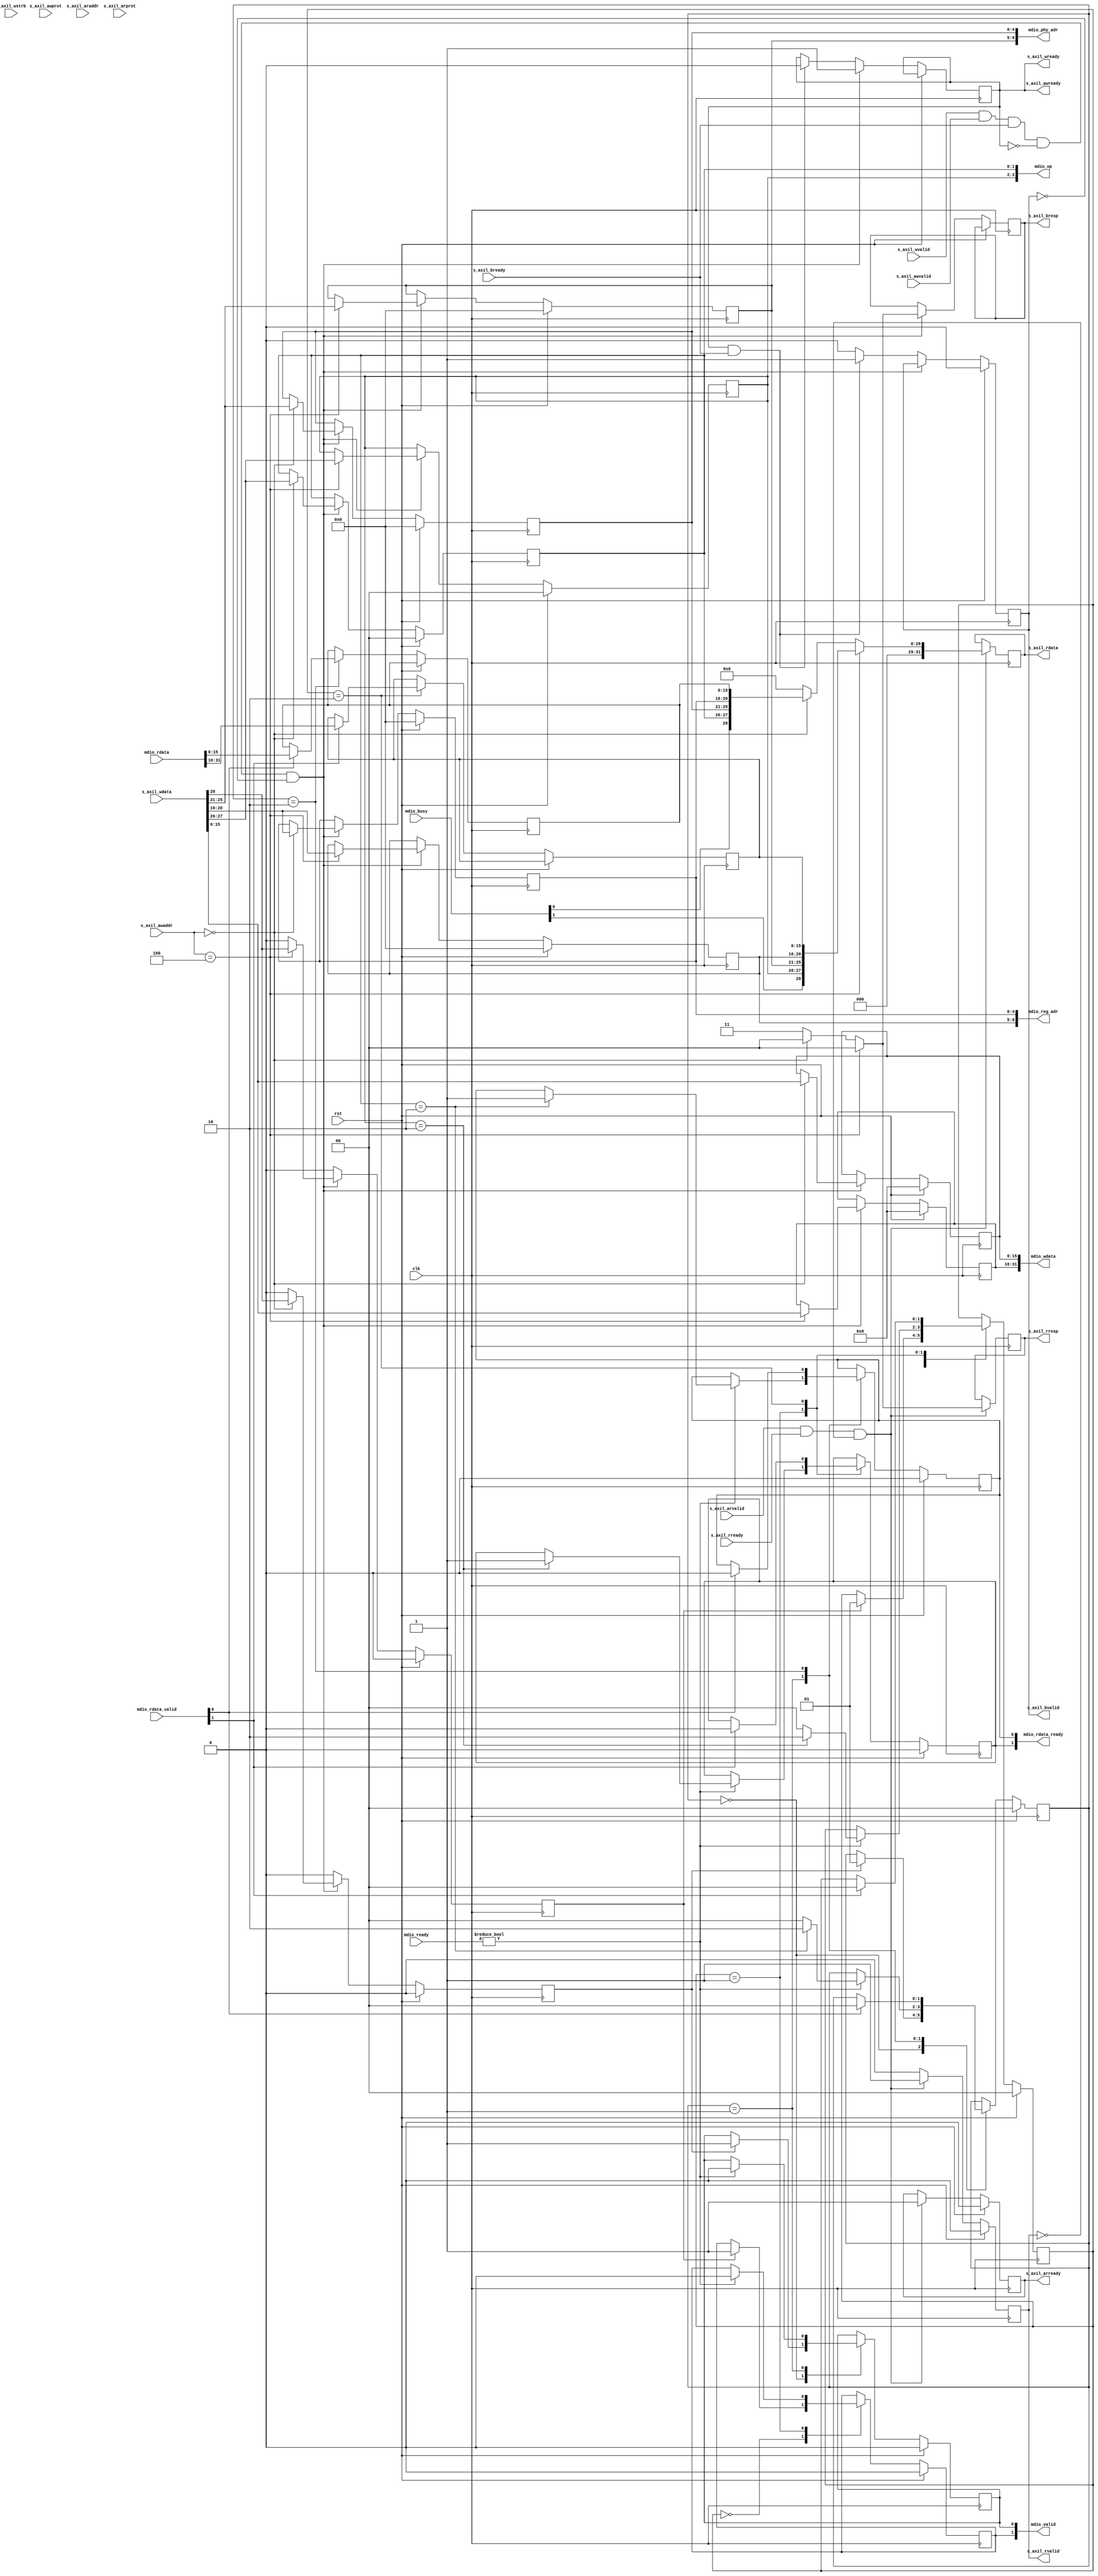
module axil_mdio_if #
(
    parameter AXIL_DATA_WIDTH = 32,
    parameter AXIL_ADDR_WIDTH = 12,
    parameter AXIL_STRB_WIDTH = (AXIL_DATA_WIDTH/8),
    parameter INTERFACES = 2
)
(
    input  wire                       clk,
    input  wire                       rst,

    /*
     * AXI lite slave interface
     */
    input  wire [AXIL_DATA_WIDTH-1:0] s_axil_awaddr,
    input  wire [2:0]                 s_axil_awprot,
    input  wire                       s_axil_awvalid,
    output wire                       s_axil_awready,
    input  wire [AXIL_DATA_WIDTH-1:0] s_axil_wdata,
    input  wire [AXIL_STRB_WIDTH-1:0] s_axil_wstrb,
    input  wire                       s_axil_wvalid,
    output wire                       s_axil_wready,
    output wire [1:0]                 s_axil_bresp,
    output wire                       s_axil_bvalid,
    input  wire                       s_axil_bready,

    input  wire [AXIL_ADDR_WIDTH-1:0] s_axil_araddr,
    input  wire [2:0]                 s_axil_arprot,
    input  wire                       s_axil_arvalid,
    output wire                       s_axil_arready,
    output wire [AXIL_DATA_WIDTH-1:0] s_axil_rdata,
    output wire [1:0]                 s_axil_rresp,
    output wire                       s_axil_rvalid,
    input  wire                       s_axil_rready,

    output wire [(INTERFACES*16)-1:0] mdio_wdata,
    output wire [(INTERFACES*2)-1:0]  mdio_op,
    output wire [(INTERFACES*5)-1:0]  mdio_reg_adr,
    output wire [(INTERFACES*5)-1:0]  mdio_phy_adr,
    output wire [INTERFACES-1:0]      mdio_valid,
    input  wire [INTERFACES-1:0]      mdio_ready,
    input  wire [INTERFACES-1:0]      mdio_busy,

    input  wire [(INTERFACES*16)-1:0] mdio_rdata,
    output wire [INTERFACES-1:0]      mdio_rdata_ready,
    input  wire [INTERFACES-1:0]      mdio_rdata_valid
);

integer i;
genvar gi;

initial begin
    if (INTERFACES < 1) begin
        $error("Error: INTERFACES must be bigger than 0 (instance %m)");
        $finish;
    end

    for (i = 0; i < INTERFACES; i = i + 1) begin
        mdio_rdata_reg[i] = 16'b0;
        mdio_wdata_reg[i] = 16'b0;
        mdio_op_reg[i] = 2'b0;
        mdio_reg_adr_reg[i] = 5'b0;
        mdio_phy_adr_reg[i] = 5'b0;
        mdio_start_reg[i] = 1'b0;

        state_reg[i] = IDLE_STATE;
        mdio_valid_reg[i] = 1'b0;
        mdio_rdata_ready_reg[i] = 1'b0;
    end
end

reg [15:0] mdio_rdata_reg[INTERFACES*16-1:0];
reg [15:0] mdio_wdata_reg[INTERFACES*16-1:0];
reg [1:0] mdio_op_reg[INTERFACES*2-1:0];
reg [4:0] mdio_reg_adr_reg[INTERFACES*5-1:0];
reg [4:0] mdio_phy_adr_reg[INTERFACES*5-1:0];
reg mdio_start_reg[INTERFACES*1-1:0];


reg bvalid_reg = 1'b0;
reg [1:0] bresp_reg = 2'b0;
reg wready_reg = 1'b0;

assign s_axil_bvalid = bvalid_reg;
assign s_axil_bresp = bresp_reg;
assign s_axil_awready = wready_reg;
assign s_axil_wready = wready_reg;

assign s_axil_rresp = rresp_reg;
assign s_axil_rvalid = rvalid_reg;
assign s_axil_arready = arready_reg;
assign s_axil_rdata = rdata_reg;



generate
    for (gi = 0; gi < INTERFACES; gi = gi+1) begin
        assign mdio_wdata[gi*16 +: 16] = mdio_wdata_reg[gi];
        assign mdio_op[gi*2 +: 2] = mdio_op_reg[gi];
        assign mdio_reg_adr[gi*5 +: 5] = mdio_reg_adr_reg[gi];
        assign mdio_phy_adr[gi*5 +: 5] = mdio_phy_adr_reg[gi];
        assign mdio_valid[gi] = mdio_valid_reg[gi];
    end
endgenerate

// WRITE
always @(posedge clk)begin
    wready_reg <= wready_reg;
    bvalid_reg <= bvalid_reg;

    for (i = 0; i < INTERFACES; i = i+1) begin
        mdio_wdata_reg[i] <= mdio_wdata_reg[i];
        mdio_op_reg[i] <= mdio_op_reg[i];
        mdio_reg_adr_reg[i] <= mdio_reg_adr_reg[i];
        mdio_phy_adr_reg[i] <= mdio_phy_adr_reg[i];
        mdio_start_reg[i] <= 1'b0;
    end

    if (rst) begin
        for (i = 0; i < INTERFACES; i = i+1) begin
            mdio_wdata_reg[i] <= 16'b0;
            mdio_op_reg[i] <= 2'b0;
            mdio_reg_adr_reg[i] <= 5'b0;
            mdio_phy_adr_reg[i] <= 5'b0;
        end

        bvalid_reg <= 1'b0;
    end else begin
        if (s_axil_wvalid && s_axil_awvalid && s_axil_bready && !wready_reg && !bvalid_reg) begin
            wready_reg <= 1'b1;

            bresp_reg <= 2'b11;

            for (i = 0; i < INTERFACES; i = i+1) begin
                if (s_axil_awaddr == i*4) begin
                    bresp_reg <= 2'b00;

                    mdio_start_reg[i] <= s_axil_wdata[28];
                    mdio_op_reg[i] <= s_axil_wdata[27:26];
                    mdio_phy_adr_reg[i] <= s_axil_wdata[25:21];
                    mdio_reg_adr_reg[i] <= s_axil_wdata[20:16];
                    mdio_wdata_reg[i] <= s_axil_wdata[15:0];
                end
            end
        end else if (wready_reg && s_axil_bready) begin
            wready_reg <= 1'b0;
            bvalid_reg <= 1'b1;
        end else if (bvalid_reg) begin
            bvalid_reg <= 1'b0;
        end
    end
end



reg [1:0] rresp_reg = 2'b0;
reg rvalid_reg = 1'b0;
reg arready_reg = 1'b0;
reg [AXIL_DATA_WIDTH-1:0] rdata_reg = {AXIL_DATA_WIDTH{1'b0}};

// READ
always @(posedge clk) begin
    rvalid_reg <= 1'b0;
    rdata_reg <= rdata_reg;
    rresp_reg <= rresp_reg;
    arready_reg <= arready_reg;

    if (s_axil_arvalid && s_axil_rready && !rvalid_reg) begin
        rvalid_reg <= 1'b1;
        arready_reg <= 1'b1;

        rdata_reg <= {AXIL_DATA_WIDTH{1'b0}};
        rresp_reg <= 2'b11;

        for (i = 0; i < INTERFACES; i = i+1) begin
            if (s_axil_awaddr == i*4) begin
                rdata_reg <= {
                    3'b0,
                    mdio_busy[i],
                    mdio_op_reg[i],
                    mdio_phy_adr_reg[i],
                    mdio_reg_adr_reg[i],
                    mdio_rdata_reg[i]
                };

                rresp_reg <= 2'b00;
            end
        end
    end

    if (rst) begin
        rvalid_reg <= 1'b0;
        arready_reg <= 1'b0;
    end
end


// MDIO Interface
localparam MDIO_READ = 2'b10;
localparam MDIO_WRITE = 2'b01;

localparam IDLE_STATE = 2'd0,
           WAIT_FOR_READY_STATE = 2'd1,
           WAIT_FOR_RDATA_STATE = 2'd2;


reg [1:0] state_reg[INTERFACES-1:0];

reg mdio_valid_reg[INTERFACES-1:0];
reg mdio_rdata_ready_reg[INTERFACES-1:0];

generate
    for (gi = 0; gi < INTERFACES; gi = gi+1) begin
        assign mdio_valid[gi] = mdio_valid_reg[gi];
        assign mdio_rdata_ready[gi] = mdio_rdata_ready_reg[gi];

        always @(posedge clk) begin
            if (rst) begin
                mdio_valid_reg[gi] <= 1'b0;
                mdio_rdata_ready_reg[gi] <= 1'b0;

                state_reg[gi] <= IDLE_STATE;
            end else begin
                mdio_valid_reg[gi] <= mdio_valid_reg[gi];
                mdio_rdata_ready_reg[gi] <= mdio_rdata_ready_reg[gi];

                state_reg[gi] <= state_reg[gi];

                case (state_reg[gi])
                    IDLE_STATE: begin
                        if (mdio_start_reg[gi]) begin
                            mdio_valid_reg[gi] <= 1'b1;

                            state_reg[gi] <= WAIT_FOR_READY_STATE;
                        end
                    end
                    WAIT_FOR_READY_STATE: begin
                        if (mdio_ready) begin
                            mdio_valid_reg[gi] <= 1'b0;

                            if (mdio_op_reg[gi] == MDIO_READ) begin
                                mdio_rdata_ready_reg[gi] <= 1'b1;

                                state_reg[gi] <= WAIT_FOR_RDATA_STATE;
                            end else begin
                                state_reg[gi] <= IDLE_STATE;
                            end
                        end
                    end
                    WAIT_FOR_RDATA_STATE: begin
                        if (mdio_rdata_valid[gi]) begin
                            mdio_rdata_ready_reg[gi] <= 1'b0;
                            mdio_rdata_reg[gi] <= mdio_rdata[gi*16 +: 16];

                            state_reg[gi] <= IDLE_STATE;
                        end
                    end
                endcase
            end
        end
    end
endgenerate


endmodule